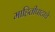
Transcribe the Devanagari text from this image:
माहितीपाटाचे